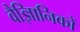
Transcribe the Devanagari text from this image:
वैज्ञिानिकों